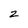
Character: Z